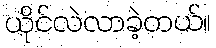
ယိုင်လဲလာခဲ့တယ်။